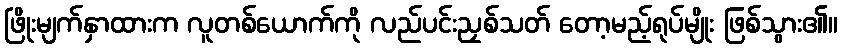
ဖြိုးမျက်နှာထားက လူတစ်ယောက်ကို လည်ပင်းညှစ်သတ် တော့မည့်ရုပ်မျိုး ဖြစ်သွား၏။